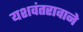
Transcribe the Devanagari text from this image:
यशवंतरावाने